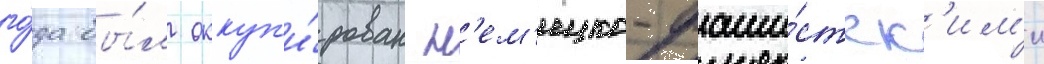
го́да бы́л оккуп'и́рован н'ем'ецко-фаши́стск'им'и